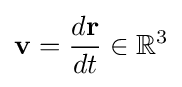
\mathbf {v} ={\frac {d\mathbf {r} }{dt}}\in \mathbb {R} ^{3}